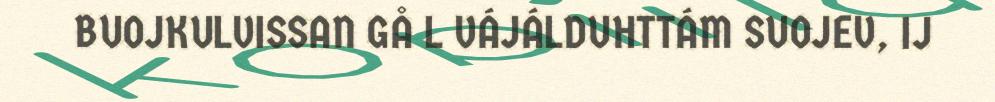
BUOJKULVISSAN GÅ L VÁJÁLDUHTTÁM SUOJEV, IJ